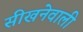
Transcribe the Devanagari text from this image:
सीखनेवाली